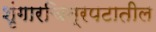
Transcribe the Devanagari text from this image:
शृंगारचित्रपटातील